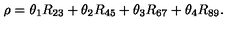
\rho = \theta _ { 1 } R _ { 2 3 } + \theta _ { 2 } R _ { 4 5 } + \theta _ { 3 } R _ { 6 7 } + \theta _ { 4 } R _ { 8 9 } .